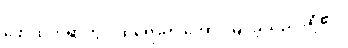
ဖော်ထုတ်ရာတွင် ထိရောက် အောင်မြင်ခဲ့သည် ဆို၏။